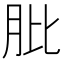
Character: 肶